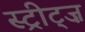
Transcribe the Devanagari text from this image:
स्ट्रीट्ज़